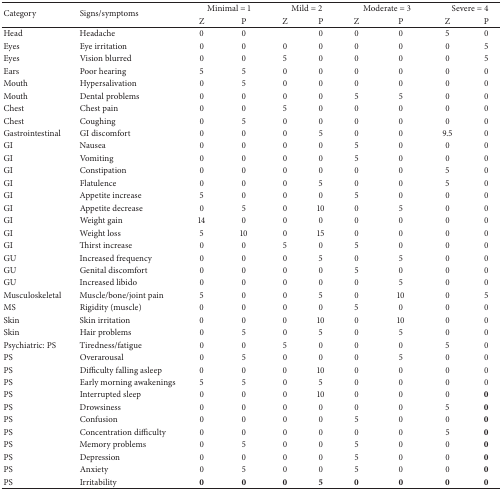
<table><thead><tr><td rowspan="2"><b>Category</b></td><td rowspan="2"><b>Signs/symptoms</b></td><td colspan="2"><b>Minimal = 1</b></td><td colspan="2"><b>Mild = 2</b></td><td colspan="2"><b>Moderate = 3</b></td><td colspan="2"><b>Severe = 4</b></td></tr><tr><td><b>Z</b></td><td><b>P</b></td><td><b>Z</b></td><td><b>P</b></td><td><b>Z</b></td><td><b>P</b></td><td><b>Z</b></td><td><b>P</b></td></tr></thead><tbody><tr><td>Head</td><td>Headache</td><td>0</td><td>0</td><td> </td><td>0</td><td>0</td><td>0</td><td>5</td><td>0</td></tr><tr><td>Eyes</td><td>Eye irritation</td><td>0</td><td>0</td><td>0</td><td>0</td><td>0</td><td>0</td><td>0</td><td>5</td></tr><tr><td>Eyes</td><td>Vision blurred</td><td>0</td><td>0</td><td>5</td><td>0</td><td>0</td><td>0</td><td>0</td><td>5</td></tr><tr><td>Ears</td><td>Poor hearing</td><td>5</td><td>5</td><td>0</td><td>0</td><td>0</td><td>0</td><td>0</td><td>0</td></tr><tr><td>Mouth</td><td>Hypersalivation</td><td>0</td><td>5</td><td>0</td><td>0</td><td>0</td><td>0</td><td>0</td><td>0</td></tr><tr><td>Mouth</td><td>Dental problems</td><td>0</td><td>0</td><td>0</td><td>0</td><td>5</td><td>5</td><td>0</td><td>0</td></tr><tr><td>Chest</td><td>Chest pain</td><td>0</td><td>0</td><td>5</td><td>0</td><td>0</td><td>0</td><td>0</td><td>0</td></tr><tr><td>Chest</td><td>Coughing</td><td>0</td><td>5</td><td>0</td><td>0</td><td>0</td><td>0</td><td>0</td><td>0</td></tr><tr><td>Gastrointestinal</td><td>GI discomfort</td><td>0</td><td>0</td><td>0</td><td>5</td><td>0</td><td>0</td><td>9.5</td><td>0</td></tr><tr><td>GI</td><td>Nausea</td><td>0</td><td>0</td><td>0</td><td>0</td><td>5</td><td>0</td><td>0</td><td>0</td></tr><tr><td>GI</td><td>Vomiting</td><td>0</td><td>0</td><td>0</td><td>0</td><td>5</td><td>0</td><td>0</td><td>0</td></tr><tr><td>GI</td><td>Constipation</td><td>0</td><td>0</td><td>0</td><td>0</td><td>0</td><td>0</td><td>5</td><td>0</td></tr><tr><td>GI</td><td>Flatulence</td><td>0</td><td>0</td><td>0</td><td>5</td><td>0</td><td>0</td><td>5</td><td>0</td></tr><tr><td>GI</td><td>Appetite increase</td><td>5</td><td>0</td><td>0</td><td>0</td><td>5</td><td>0</td><td>0</td><td>0</td></tr><tr><td>GI</td><td>Appetite decrease</td><td>0</td><td>5</td><td>0</td><td>10</td><td>0</td><td>5</td><td>0</td><td>0</td></tr><tr><td>GI</td><td>Weight gain</td><td>14</td><td>0</td><td>0</td><td>0</td><td>0</td><td>0</td><td>0</td><td>0</td></tr><tr><td>GI</td><td>Weight loss</td><td>5</td><td>10</td><td>0</td><td>15</td><td>0</td><td>0</td><td>0</td><td>0</td></tr><tr><td>GI</td><td>Thirst increase</td><td>0</td><td>0</td><td>5</td><td>0</td><td>5</td><td>0</td><td>0</td><td>0</td></tr><tr><td>GU</td><td>Increased frequency</td><td>0</td><td>0</td><td>0</td><td>5</td><td>0</td><td>5</td><td>0</td><td>0</td></tr><tr><td>GU</td><td>Genital discomfort</td><td>0</td><td>0</td><td>0</td><td>0</td><td>5</td><td>0</td><td>0</td><td>0</td></tr><tr><td>GU</td><td>Increased libido</td><td>0</td><td>0</td><td>0</td><td>0</td><td>0</td><td>5</td><td>0</td><td>0</td></tr><tr><td>Musculoskeletal</td><td>Muscle/bone/joint pain</td><td>5</td><td>0</td><td>0</td><td>5</td><td>0</td><td>10</td><td>0</td><td>5</td></tr><tr><td>MS</td><td>Rigidity (muscle)</td><td>0</td><td>0</td><td>0</td><td>0</td><td>5</td><td>0</td><td>0</td><td>0</td></tr><tr><td>Skin</td><td>Skin irritation</td><td>0</td><td>0</td><td>0</td><td>10</td><td>0</td><td>10</td><td>0</td><td>0</td></tr><tr><td>Skin</td><td>Hair problems</td><td>0</td><td>5</td><td>0</td><td>5</td><td>0</td><td>5</td><td>0</td><td>0</td></tr><tr><td>Psychiatric: PS</td><td>Tiredness/fatigue</td><td>0</td><td>0</td><td>5</td><td>0</td><td>0</td><td>0</td><td>5</td><td>0</td></tr><tr><td>PS</td><td>Overarousal</td><td>0</td><td>5</td><td>0</td><td>0</td><td>0</td><td>5</td><td>0</td><td>0</td></tr><tr><td>PS</td><td>Difficulty falling asleep</td><td>0</td><td>0</td><td>0</td><td>10</td><td>0</td><td>0</td><td>0</td><td>0</td></tr><tr><td>PS</td><td>Early morning awakenings</td><td>5</td><td>5</td><td>0</td><td>5</td><td>0</td><td>0</td><td>0</td><td>0</td></tr><tr><td>PS</td><td>Interrupted sleep</td><td>0</td><td>0</td><td>0</td><td>10</td><td>0</td><td>0</td><td>0</td><td><b>0</b></td></tr><tr><td>PS</td><td>Drowsiness</td><td>0</td><td>0</td><td>0</td><td>0</td><td>0</td><td>0</td><td>5</td><td><b>0</b></td></tr><tr><td>PS</td><td>Confusion</td><td>0</td><td>0</td><td>0</td><td>0</td><td>5</td><td>0</td><td>0</td><td><b>0</b></td></tr><tr><td>PS</td><td>Concentration difficulty</td><td>0</td><td>0</td><td>0</td><td>0</td><td>0</td><td>0</td><td>5</td><td><b>0</b></td></tr><tr><td>PS</td><td>Memory problems</td><td>0</td><td>5</td><td>0</td><td>0</td><td>5</td><td>0</td><td>0</td><td><b>0</b></td></tr><tr><td>PS</td><td>Depression</td><td>0</td><td>0</td><td>0</td><td>0</td><td>5</td><td>0</td><td>0</td><td><b>0</b></td></tr><tr><td>PS</td><td>Anxiety</td><td>0</td><td>5</td><td>0</td><td>0</td><td>5</td><td>0</td><td>0</td><td><b>0</b></td></tr><tr><td>PS</td><td>Irritability</td><td><b>0</b></td><td><b>0</b></td><td><b>0</b></td><td><b>5</b></td><td><b>0</b></td><td><b>0</b></td><td><b>0</b></td><td><b>0</b></td></tr></tbody></table>